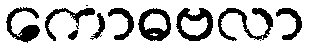
ကောဓဗလာ